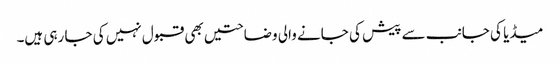
میڈیا کی جانب سے پیش کی جانے والی وضاحتیں بھی قبول نہیں کی جا رہی ہیں۔